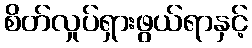
စိတ်လှုပ်ရှားဖွယ်ရာနှင့်